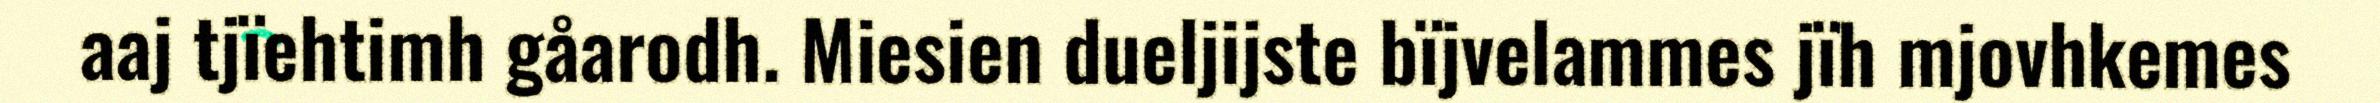
aaj tjïehtimh gåarodh. Miesien dueljijste bïjvelammes jïh mjovhkemes